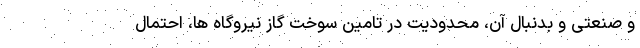
و صنعتی و بدنبال آن، محدودیت در تامین سوخت گاز نیروگاه ها، احتمال